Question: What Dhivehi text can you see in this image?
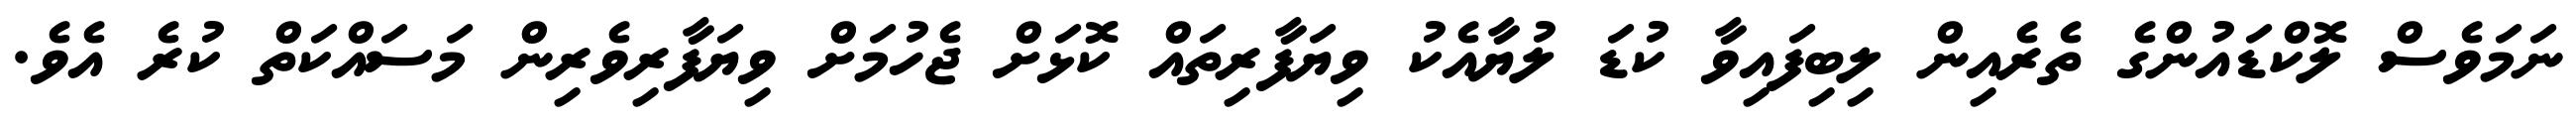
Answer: ނަމަވެސް ލޮކްޑައުންގެ ތެރެއިން ލިބިފައިވާ ކުޑަ ލުޔާއެކު ވިޔަފާރިތައް ކޮޅަށް ޖެހުމަށް ވިޔަފާރިވެރިން މަސައްކަތް ކުރެ އެވެ.